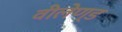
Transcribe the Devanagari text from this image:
वीलेण्ड